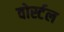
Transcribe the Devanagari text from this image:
वोर्स्टल